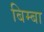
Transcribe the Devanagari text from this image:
बिम्बा